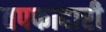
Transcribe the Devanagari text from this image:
वपफादारी